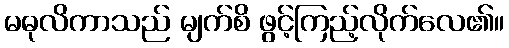
မဓုလိကာသည် မျက်စိ ဖွင့်ကြည့်လိုက်လေ၏။